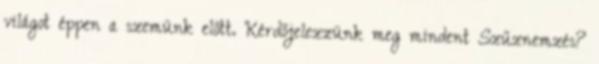
világot éppen a szemünk előtt. Kérdőjelezzünk meg mindent Szűznemzés?